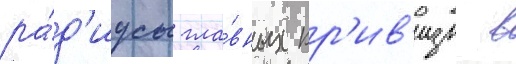
ра́д'иусы гла́вных кр'ив'изн в